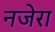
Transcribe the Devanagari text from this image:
नजेरा